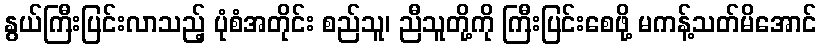
နွယ်ကြီးပြင်းလာသည့် ပုံစံအတိုင်း စည်သူ၊ ညီသူတို့ကို ကြီးပြင်းစေဖို့ မကန့်သတ်မိအောင်